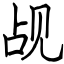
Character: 觇